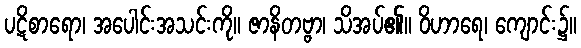
ပဋိစာရော၊ အပေါင်းအသင်းကို။ ဇာနိတဗ္ဗာ၊ သိအပ်၏။ ဝိဟာရေ၊ ကျောင်း၌။